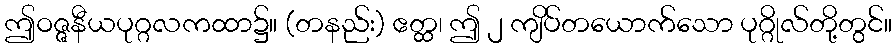
ဤဝဇ္ဇနီယပုဂ္ဂလကထာ၌။ (တနည်း) ဧတ္ထ၊ ဤ ၂ ကျိပ်တယောက်သော ပုဂ္ဂိုလ်တို့တွင်။